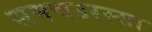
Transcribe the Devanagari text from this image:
समचउरस्सा